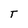
Character: T